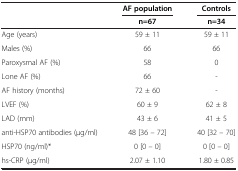
<table><thead><tr><td><b> </b></td><td><b>AF population</b></td><td><b>Controls</b></td></tr><tr><td><b> </b></td><td><b>n=67</b></td><td><b>n=34</b></td></tr></thead><tbody><tr><td>Age (years)</td><td>59 ± 11</td><td>59 ± 11</td></tr><tr><td>Males (%)</td><td>66</td><td>66</td></tr><tr><td>Paroxysmal AF (%)</td><td>58</td><td>0</td></tr><tr><td>Lone AF (%)</td><td>66</td><td>-</td></tr><tr><td>AF history (months)</td><td>72 ± 60</td><td>-</td></tr><tr><td>LVEF (%)</td><td>60 ± 9</td><td>62 ± 8</td></tr><tr><td>LAD (mm)</td><td>43 ± 6</td><td>41 ± 5</td></tr><tr><td>anti-HSP70 antibodies (μg/ml)</td><td>48 [36 – 72]</td><td>40 [32 – 70]</td></tr><tr><td>HSP70 (ng/ml)*</td><td>0 [0 – 0]</td><td>0 [0 – 0]</td></tr><tr><td>hs-CRP (μg/ml)</td><td>2.07 ± 1.10</td><td>1.80 ± 0.85</td></tr></tbody></table>